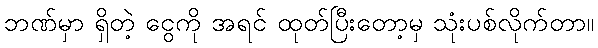
ဘဏ်မှာ ရှိတဲ့ ငွေကို အရင် ထုတ်ပြီးတော့မှ သုံးပစ်လိုက်တာ။